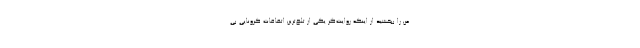
من را ببخشید از اینکه روایت‌گر یکی از تلخ‌ترین اتفاقات کرونایی بی